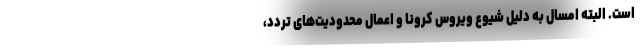
است. البته امسال به دلیل شیوع ویروس کرونا و اعمال محدودیت‌های تردد،